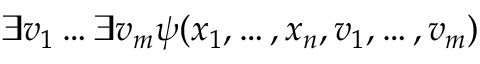
\exists v _ { 1 } \dots \exists v _ { m } \psi ( x _ { 1 } , \dots , x _ { n } , v _ { 1 } , \dots , v _ { m } )